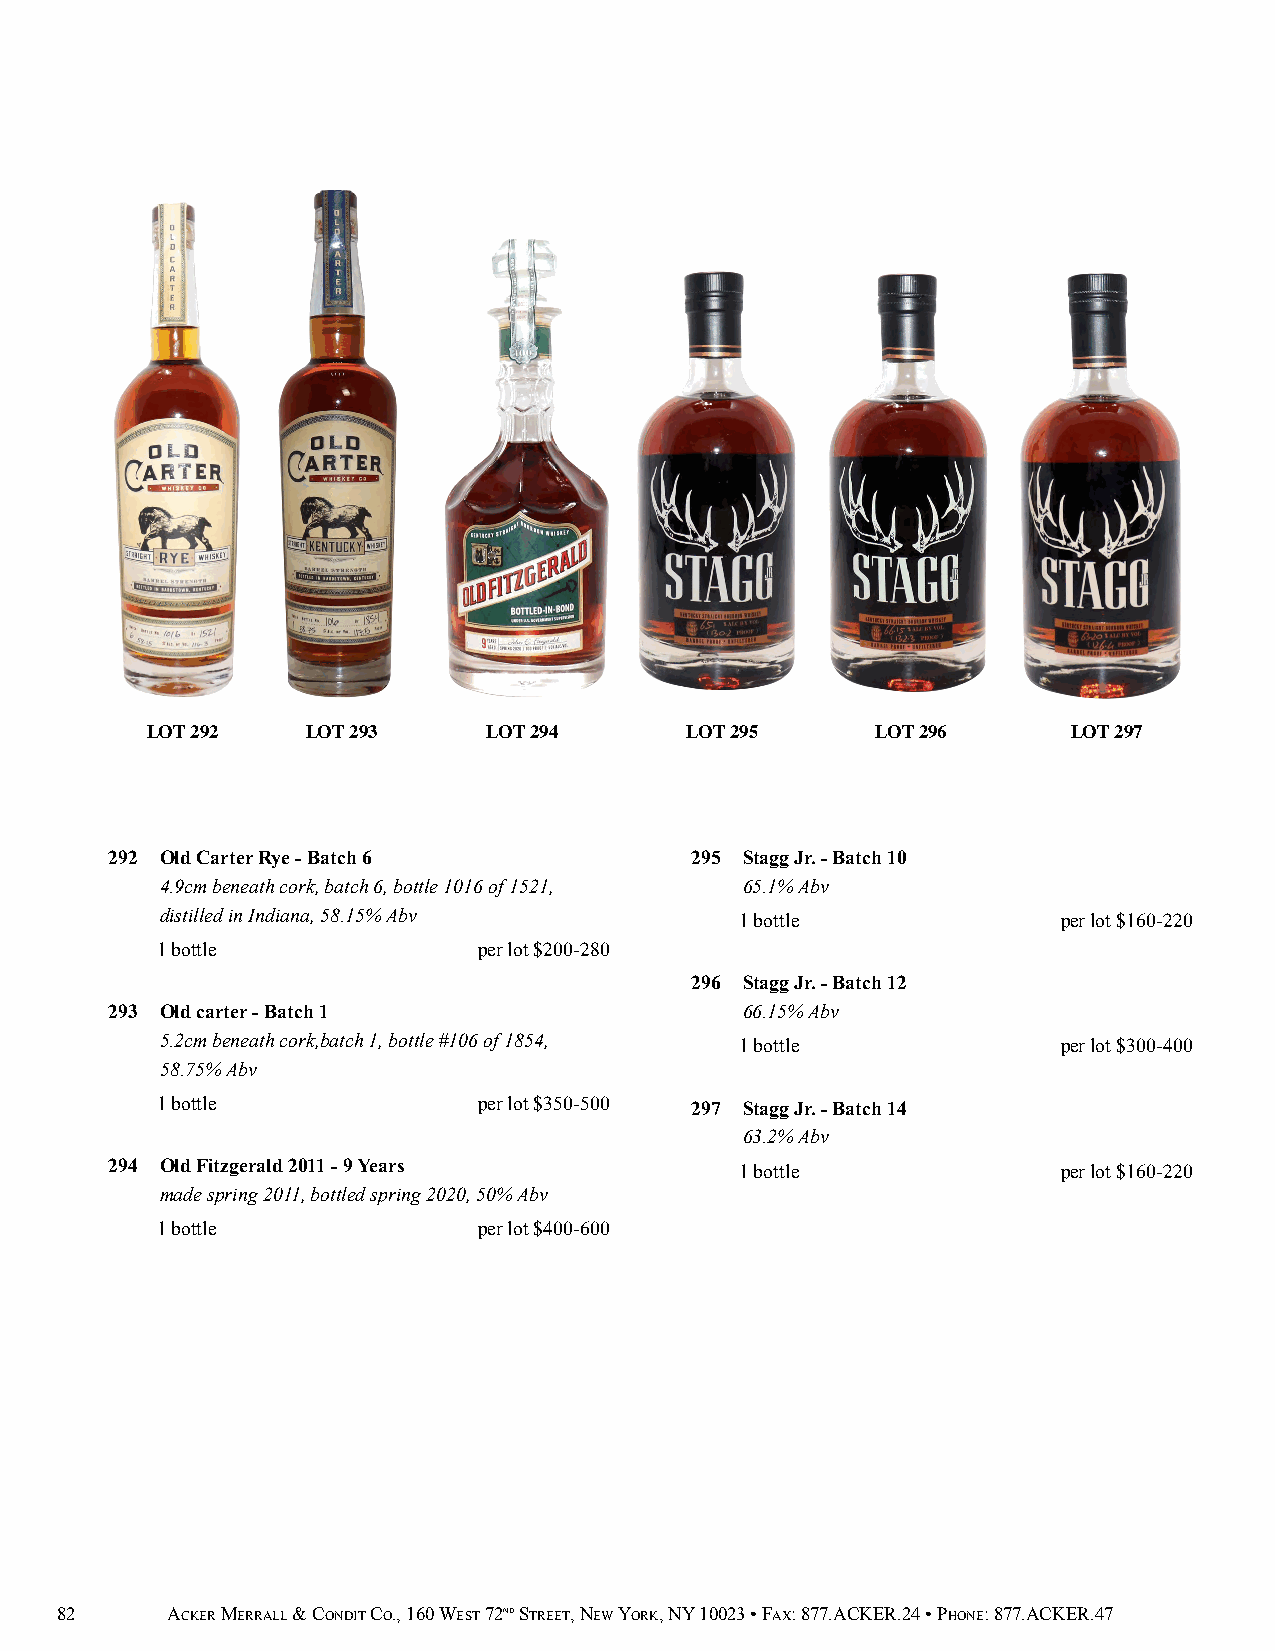
LOT 292   LOT 293     LOT 294      LOT 295      LOT 296      LOT 297
 292 Old Carter Rye - Batch 6           295 Stagg Jr. - Batch 10
 4.9cm beneath cork, batch 6, bottle 1016 of 1521, 65.1% Abv
 distilled in Indiana, 58.15% Abv      1 bottle             per lot $160-220
 1 bottle              per lot $200-280
 296 Stagg Jr. - Batch 12
 293 Old carter - Batch 1                  66.15% Abv
 5.2cm beneath cork,batch 1, bottle #106 of 1854, 1 bottle  per lot $300-400
 58.75% Abv
 1 bottle              per lot $350-500 297 Stagg Jr. - Batch 14
 63.2% Abv
 294 Old Fitzgerald 2011 - 9 Years         1 bottle             per lot $160-220
 made spring 2011, bottled spring 2020, 50% Abv
 1 bottle              per lot $400-600
 82     ACKER MERRALL & CONDIT CO., 160 WEST 72ND STREET, NEW YORK, NY 10023 • FAX: 877.ACKER.24 • PHONE: 877.ACKER.47